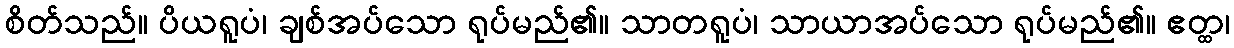
စိတ်သည်။ ပိယရူပံ၊ ချစ်အပ်သော ရုပ်မည်၏။ သာတရူပံ၊ သာယာအပ်သော ရုပ်မည်၏။ ဧတ္ထ၊